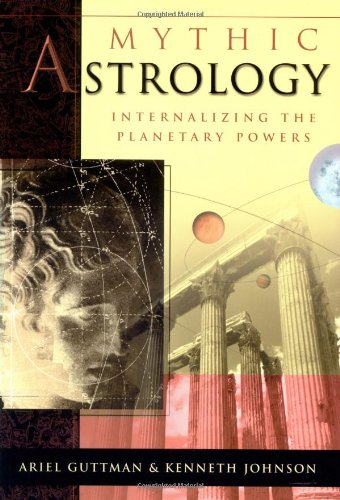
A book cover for Mythic Astrology: Internalizing the Planetary Powers; Ariel Guttman; Literature & Fiction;